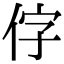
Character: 𪜸